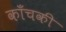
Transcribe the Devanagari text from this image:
काँचकी